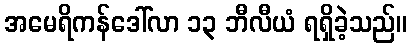
အမေရိကန်ဒေါ်လာ ၁၃ ဘီလီယံ ရရှိခဲ့သည်။